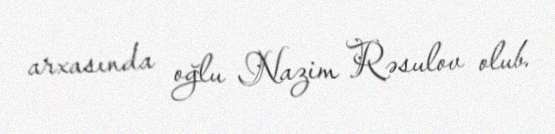
arxasında oğlu Nazim Rəsulov olub.